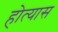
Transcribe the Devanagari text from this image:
होत्यास